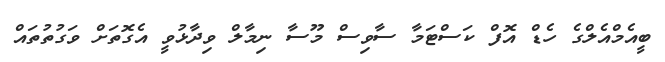
ބީއެމްއެލްގެ ހެޑް އޮފް ކަސްޓަމާ ސާވިސް މޫސާ ނިމާލް ވިދާޅުވީ އެގޮތަށް ވަގުތުތައް